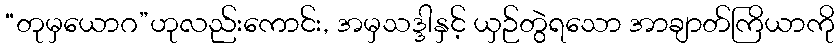
“တုမှယောဂ”ဟုလည်းကောင်း, အမှသဒ္ဒါနှင့် ယှဉ်တွဲရသော အာချာတ်ကြိယာကို